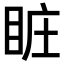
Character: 𥅾